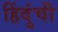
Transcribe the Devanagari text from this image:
हिंदुंची